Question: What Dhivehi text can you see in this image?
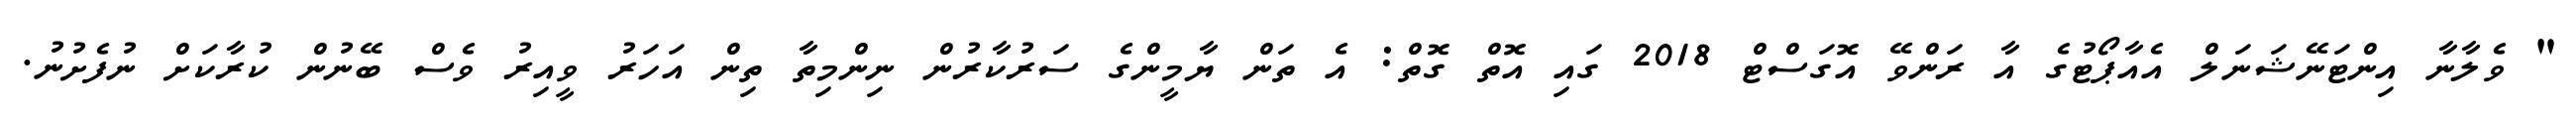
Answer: " ވެލާނާ އިންޓަނޭޝަނަލް އެއާޕޯޓުގެ އާ ރަންވޭ އޮގަސްޓް 2018 ގައި އޮތް ގޮތް: އެ ތަން ޔާމީންގެ ސަރުކާރުން ނިންމިތާ ތިން އަހަރު ވީއިރު ވެސް ބޭނުން ކުރާކަށް ނުފެށުނު.